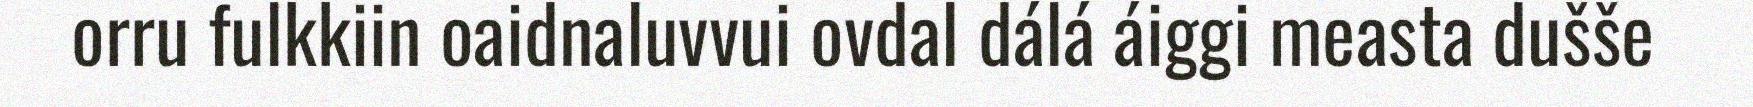
orru fulkkiin oaidnaluvvui ovdal dálá áiggi measta dušše